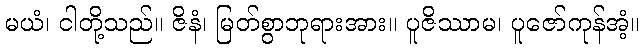
မယံ၊ ငါတို့သည်။ ဇိနံ၊ မြတ်စွာဘုရားအား။ ပူဇိဿာမ၊ ပူဇော်ကုန်အံ့။